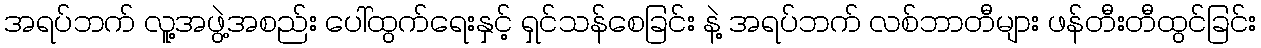
အရပ်ဘက် လူ့အဖွဲ့အစည်း ပေါ်ထွက်ရေးနှင့် ရှင်သန်စေခြင်း နဲ့ အရပ်ဘက် လစ်ဘာတီများ ဖန်တီးတီထွင်ခြင်း